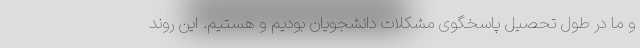
و ما در طول تحصیل پاسخگوی مشکلات دانشجویان بودیم و هستیم. این روند